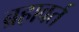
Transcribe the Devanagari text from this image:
ब्रहावर्त